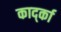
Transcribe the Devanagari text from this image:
कार्द्का